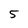
Character: 5